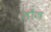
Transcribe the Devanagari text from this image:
लौंज